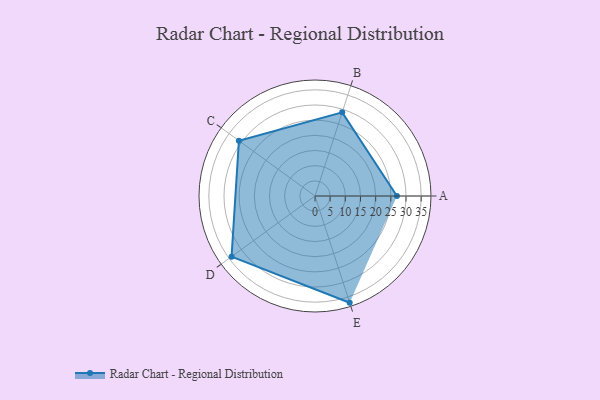
{"axis": {"x": "Skill", "y": "Score"}, "legend": ["Profile"], "data": [{"x": "A", "y": 27.0, "type": "Profile"}, {"x": "B", "y": 29.0, "type": "Profile"}, {"x": "C", "y": 31.0, "type": "Profile"}, {"x": "D", "y": 34.0, "type": "Profile"}, {"x": "E", "y": 37.0, "type": "Profile"}]}